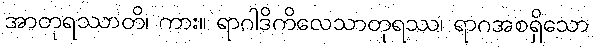
အာတုရဿာတိ၊ ကား။ ရာဂါဒိကိလေသာတုရဿ၊ ရာဂအစရှိသော